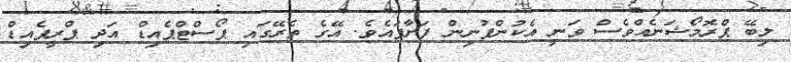
ލިބޭ ޕްރޮމޯޝަނެއްވެސް ވަނީ އެކުންފުނިން ފަށާފައެވެ. އޭގެ ތެރޭގައި ޕޯސްޓްޕެއިޑް އަދި ޕްރީޕެއިޑް